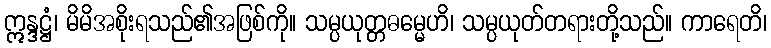
ဣန္ဒဋ္ဌံ၊ မိမိအစိုးရသည်၏အဖြစ်ကို။ သမ္ပယုတ္တဓမ္မေဟိ၊ သမ္ပယုတ်တရားတို့သည်။ ကာရေတိ၊